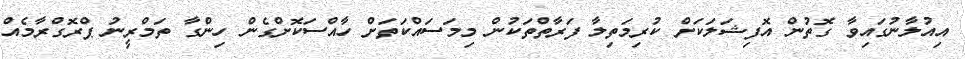
އިއުލާނުގައިވާ ގޮތުން އޮފިޝަލަކަށް ކުރިމަތިލާ ފަރާތްތަކުން މިމަސައްކަތަށް ހާއްސަކޮށްގެން ހިންގާ ތަމްރީނު ޕްރޮގްރާމެއް